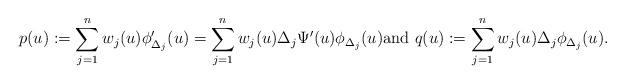
LaTeX: \begin{align*}p(u) := \sum_{j=1}^n\limits w_j (u) \phi_{\Delta_j} '(u)= \sum_{j=1}^n\limits w_j (u) \Delta_j\Psi'(u) \phi_{{\Delta_j}}(u)\text{and }q(u) := \sum_{j=1}^n\limits w_j(u) \Delta_j \phi_{\Delta_j}(u). \end{align*}